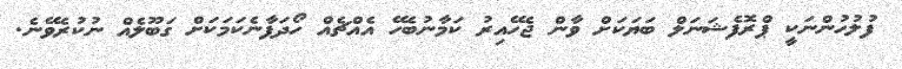
ފުލުހުންނަކީ ޕްރޮފެޝަނަލް ބަޔަކަށް ވާން ޖެހޭއިރު ކަމާނުބެހޭ އެއްޗެއް ހޯދަފާނެކަމަކަށް ގަބޫލެއް ނުކުރެވޭނެ.